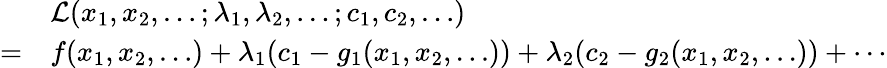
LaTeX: {\begin{array}{rl}&{{\mathcal{L}}(x_{1},x_{2},\ldots;\lambda_{1},\lambda_{2},\ldots;c_{1},c_{2},\ldots)}\\ {=}&{f(x_{1},x_{2},\ldots)+\lambda_{1}(c_{1}-g_{1}(x_{1},x_{2},\ldots))+\lambda_{2}(c_{2}-g_{2}(x_{1},x_{2},\dots))+\cdots}\end{array}}